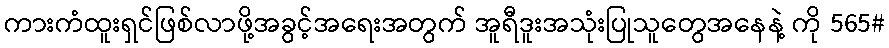
ကားကံထူးရှင်ဖြစ်လာဖို့အခွင့်အရေးအတွက် အူရီဒူးအသုံးပြုသူတွေအနေနဲ့ ကို 565#